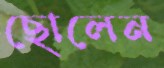
ছোলেন